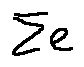
\sum e